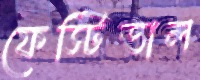
ফেস্টিভাল